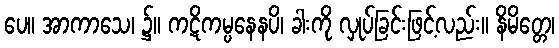
ပေ။ အာကာသေ၊ ၌။ ကဋိကမ္ပနေနပိ၊ ခါးကို လှုပ်ခြင်းဖြင့်လည်း။ နိမိတ္တေ၊